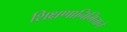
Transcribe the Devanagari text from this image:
शिक्षणानिमित्ताने